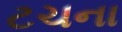
ટચના